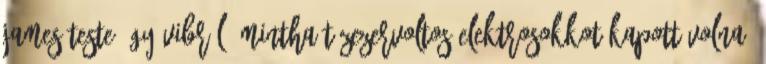
James teste úgy vibrál, mintha tízezervoltos elektrosokkot kapott volna,